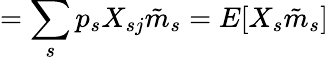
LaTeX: =\sum_{s}p_{s}X_{sj}{\tilde{m}}_{s}=E[X_{s}{\tilde{m}}_{s}]